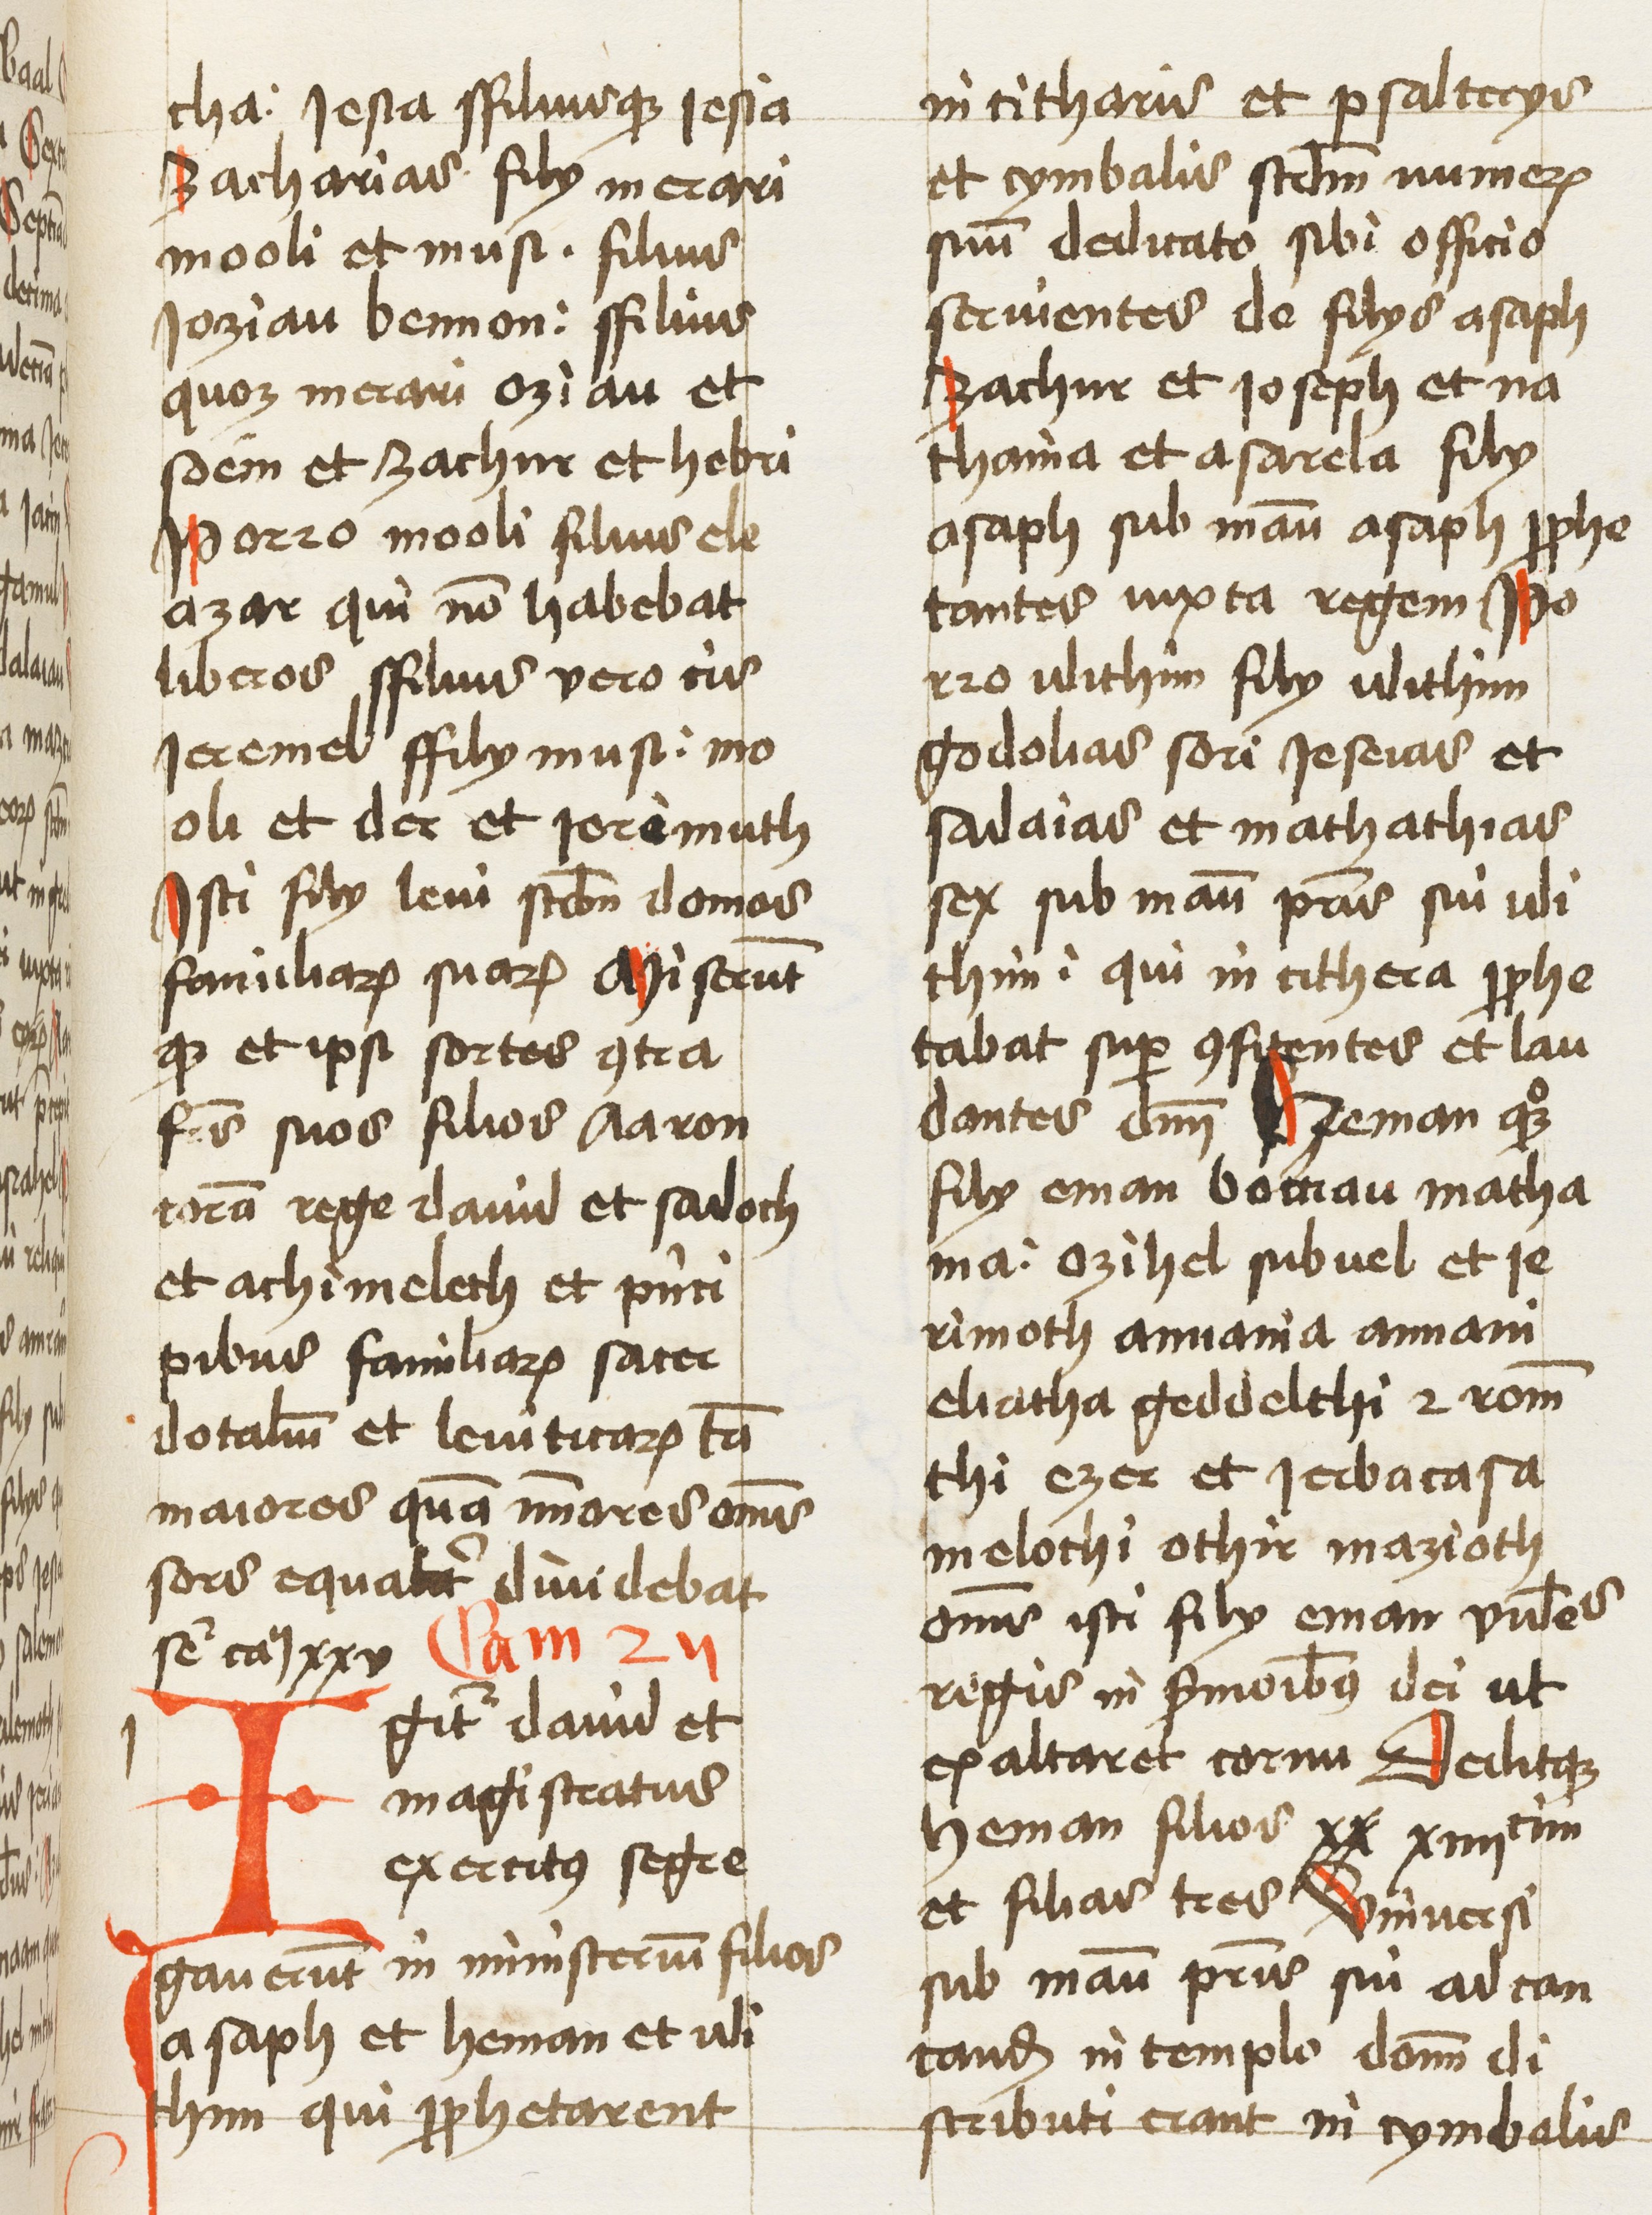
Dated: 1460–1462